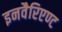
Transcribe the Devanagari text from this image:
इनवैरिएण्ट